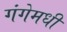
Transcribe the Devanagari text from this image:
गंगेमधी